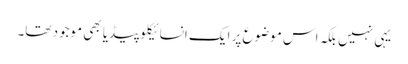
یہی نہیں بلکہ اس موضوع پر ایک انسائیکلوپیڈیا بھی موجود تھا۔